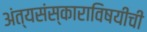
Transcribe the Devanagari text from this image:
अंत्यसंस्काराविषयीची